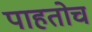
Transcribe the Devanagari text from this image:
पाहतोच